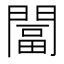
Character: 𨵩